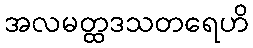
အလမတ္ထဒသတရေဟိ